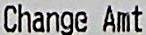
CHANGE AMT